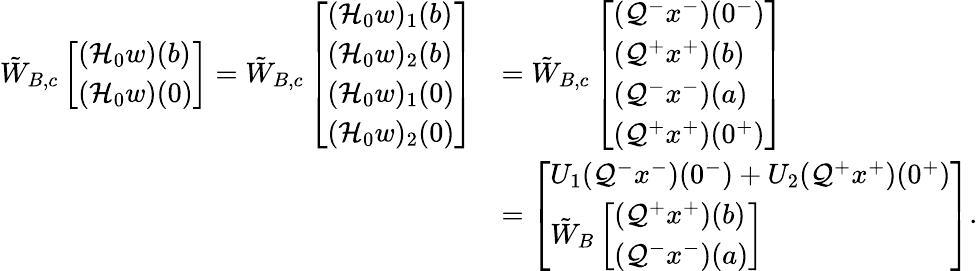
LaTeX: \begin{array}{rl}{\tilde{W}_{B,c}\left[\begin{array}{l}{(\mathcal{H}_{0}w)(b)}\\ {(\mathcal{H}_{0}w)(0)}\end{array}\right]=\tilde{W}_{B,c}\left[\begin{array}{l}{(\mathcal{H}_{0}w)_{1}(b)}\\ {(\mathcal{H}_{0}w)_{2}(b)}\\ {(\mathcal{H}_{0}w)_{1}(0)}\\ {(\mathcal{H}_{0}w)_{2}(0)}\end{array}\right]}&{=\tilde{W}_{B,c}\left[\begin{array}{l}{(\mathcal{Q}^{-}x^{-})(0^{-})}\\ {(\mathcal{Q}^{+}x^{+})(b)}\\ {(\mathcal{Q}^{-}x^{-})(a)}\\ {(\mathcal{Q}^{+}x^{+})(0^{+})}\end{array}\right]}\\ &{=\left[\begin{array}{l}{U_{1}(\mathcal{Q}^{-}x^{-})(0^{-})+U_{2}(\mathcal{Q}^{+}x^{+})(0^{+})}\\ {\tilde{W}_{B}\left[\begin{array}{l}{(\mathcal{Q}^{+}x^{+})(b)}\\ {(\mathcal{Q}^{-}x^{-})(a)}\end{array}\right]}\end{array}\right].}\end{array}